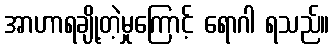
အာဟာရချို့တဲ့မှုကြောင့် ရောဂါ ရသည်။